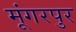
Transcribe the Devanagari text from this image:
मूंगरपुर